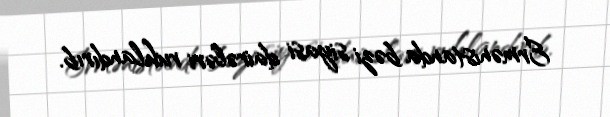
Ermənistanda bəzi siyasi dairələri ruhlandırıb.